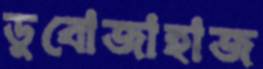
ডুবোজাহাজ